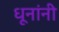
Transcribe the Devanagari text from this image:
धूनांनी